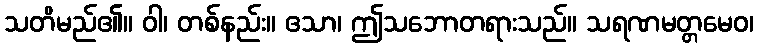
သတိမည်၏။ ဝါ၊ တစ်နည်း။ ဧသာ၊ ဤသဘောတရားသည်။ သရဏမတ္တမေဝ၊